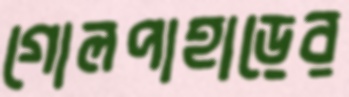
গোলপাহাড়ের